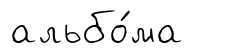
альбо́ма